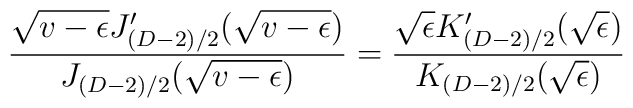
\frac{\sqrt{v-\epsilon}J_{(D-2)/2}'(\sqrt{v-\epsilon})}     {J_{(D-2)/2}(\sqrt{v-\epsilon})}=\frac{\sqrt{\epsilon}K_{(D-2)/2}'(\sqrt{\epsilon})}     {K_{(D-2)/2}(\sqrt{\epsilon})}